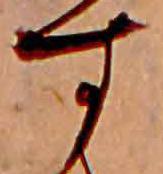
す